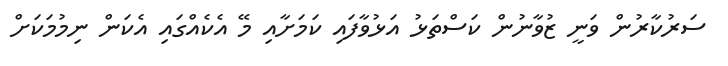
ސަރުކާރުން ވަނީ ޒުވާނުން ކަސްތަޅު އަޅުވާފައި ކަމަށާއި މޭ އެކެއްގައި އެކަން ނިމުމަކަށް